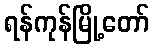
ရန်ကုန်မြို့တော်